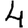
Digit: 4